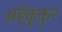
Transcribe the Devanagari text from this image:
अर्हकुकुर